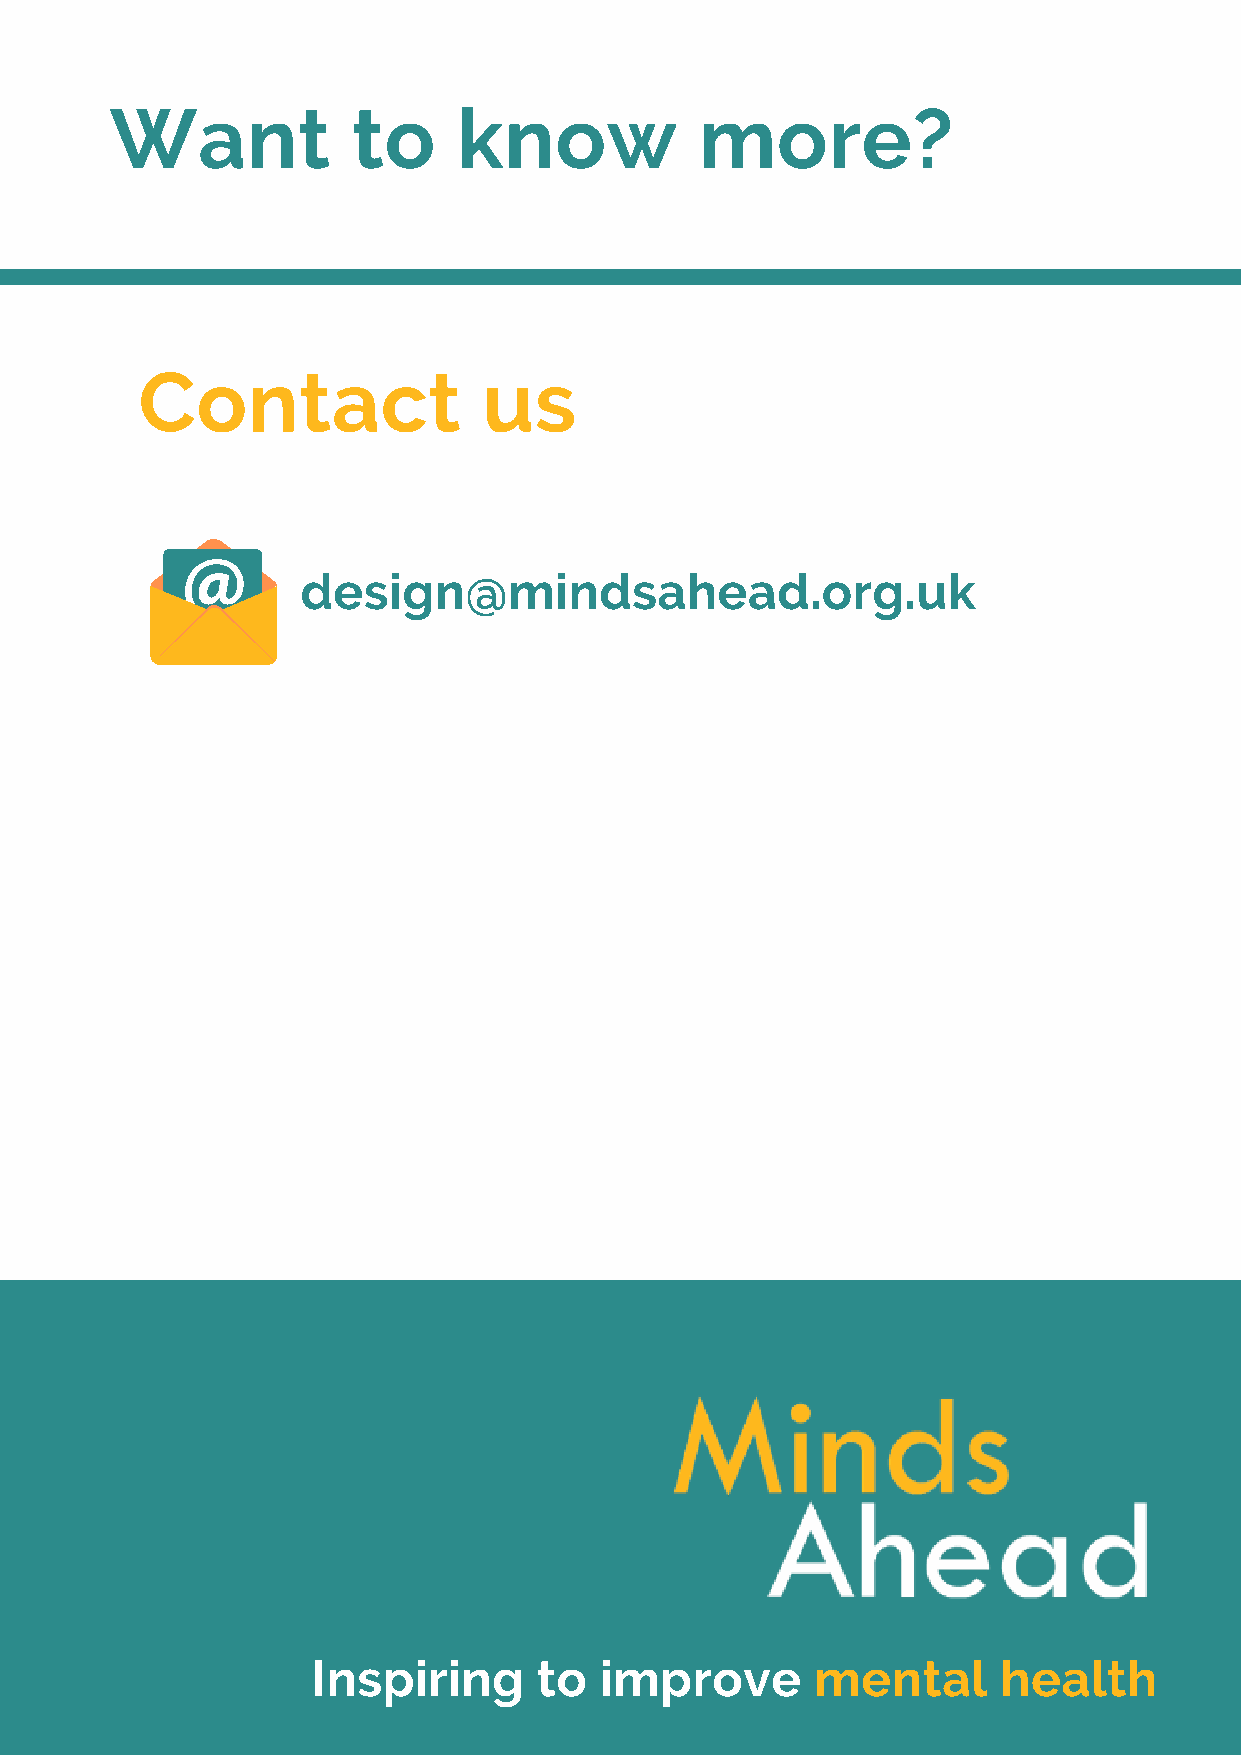
Want            to     know            more?
 Contact                us
 design@mindsahead.org.uk
 Inspiring      to  improve       mental      health